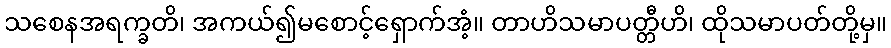
သစေနအရက္ခတိ၊ အကယ်၍မစောင့်ရှောက်အံ့။ တာဟိသမာပတ္တီဟိ၊ ထိုသမာပတ်တို့မှ။